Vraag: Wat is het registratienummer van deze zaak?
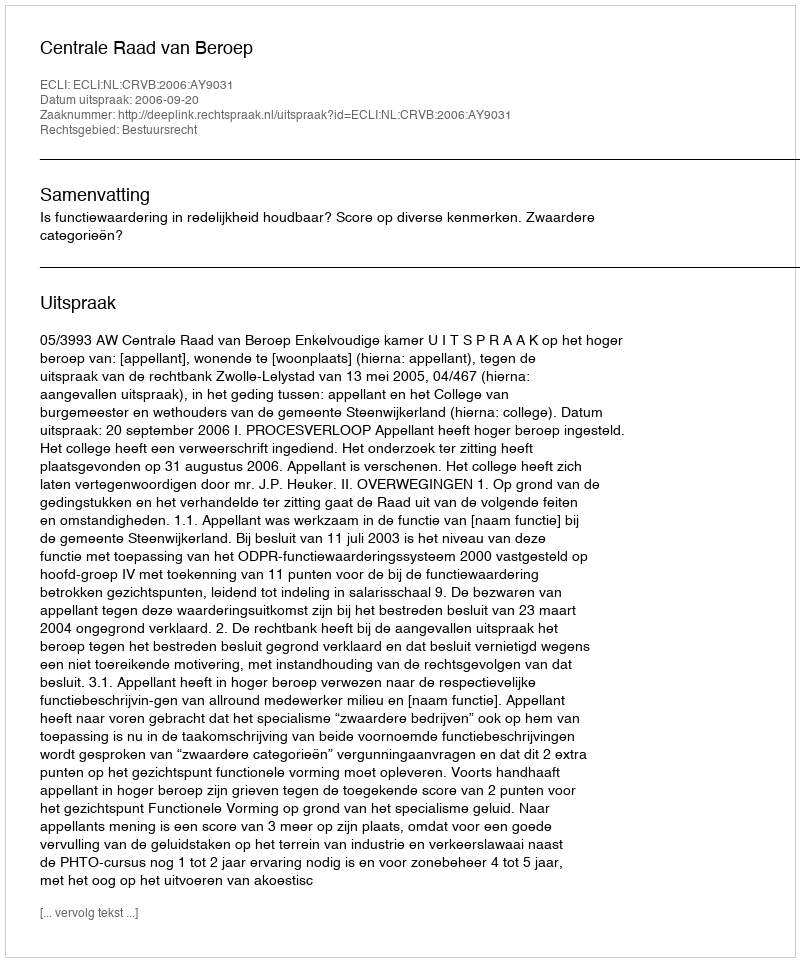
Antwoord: http://deeplink.rechtspraak.nl/uitspraak?id=ECLI:NL:CRVB:2006:AY9031